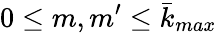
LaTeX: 0\leq m,m^{\prime}\leq\bar{k}_{max}